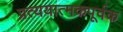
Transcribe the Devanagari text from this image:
प्रत्ययात्मकपूर्वक